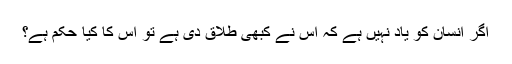
اگر انسان کو یاد نہیں ہے کہ اس نے کبھی طلاق دی ہے تو اس کا کیا حکم ہے؟